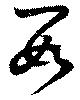
數